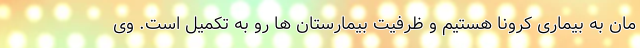
مان به بیماری کرونا هستیم و ظرفیت بیمارستان ها رو به تکمیل است. وی